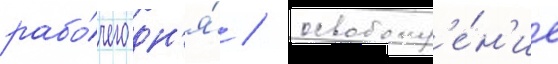
рабо́чего дн'я́ / освобожд'е́н'ие